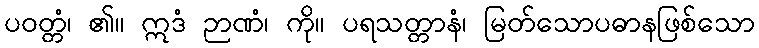
ပဝတ္တံ၊ ၏။ ဣဒံ ဉာဏံ၊ ကို။ ပရသတ္တာနံ၊ မြတ်သောပဓာနဖြစ်သော